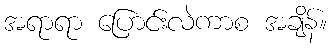
အရာရာ ပြောင်းလဲကာစ အချိန်။